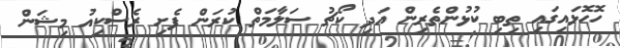
ހޮހޮޅައިގައި ތިބި ކުޅުންތެރިން އަދި ކޯޗު ސަލާމަތް ކުރަން ފެށި ރެސްކިއު މިޝަން